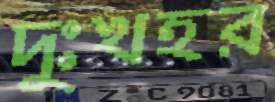
দুঃখহর